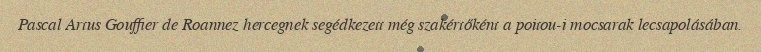
Pascal Artus Gouffier de Roannez hercegnek segédkezett még szakértőként a poitou-i mocsarak lecsapolásában.